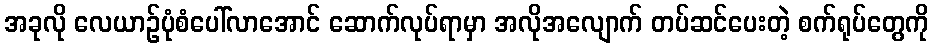
အခုလို လေယာဉ်ပုံစံပေါ်လာအောင် ဆောက်လုပ်ရာမှာ အလိုအလျောက် တပ်ဆင်ပေးတဲ့ စက်ရုပ်တွေကို